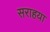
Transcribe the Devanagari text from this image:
सराहया